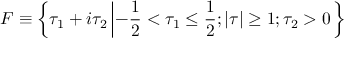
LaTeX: { \cal F } \equiv \left\{ \tau _ { 1 } + i \tau _ { 2 } \left| - \frac { 1 } { 2 } < \tau _ { 1 } \leq \frac { 1 } { 2 } ; \vert \tau \vert \geq 1 ; \tau _ { 2 } > 0 \right. \right\}